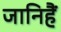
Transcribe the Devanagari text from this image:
जानिहैं